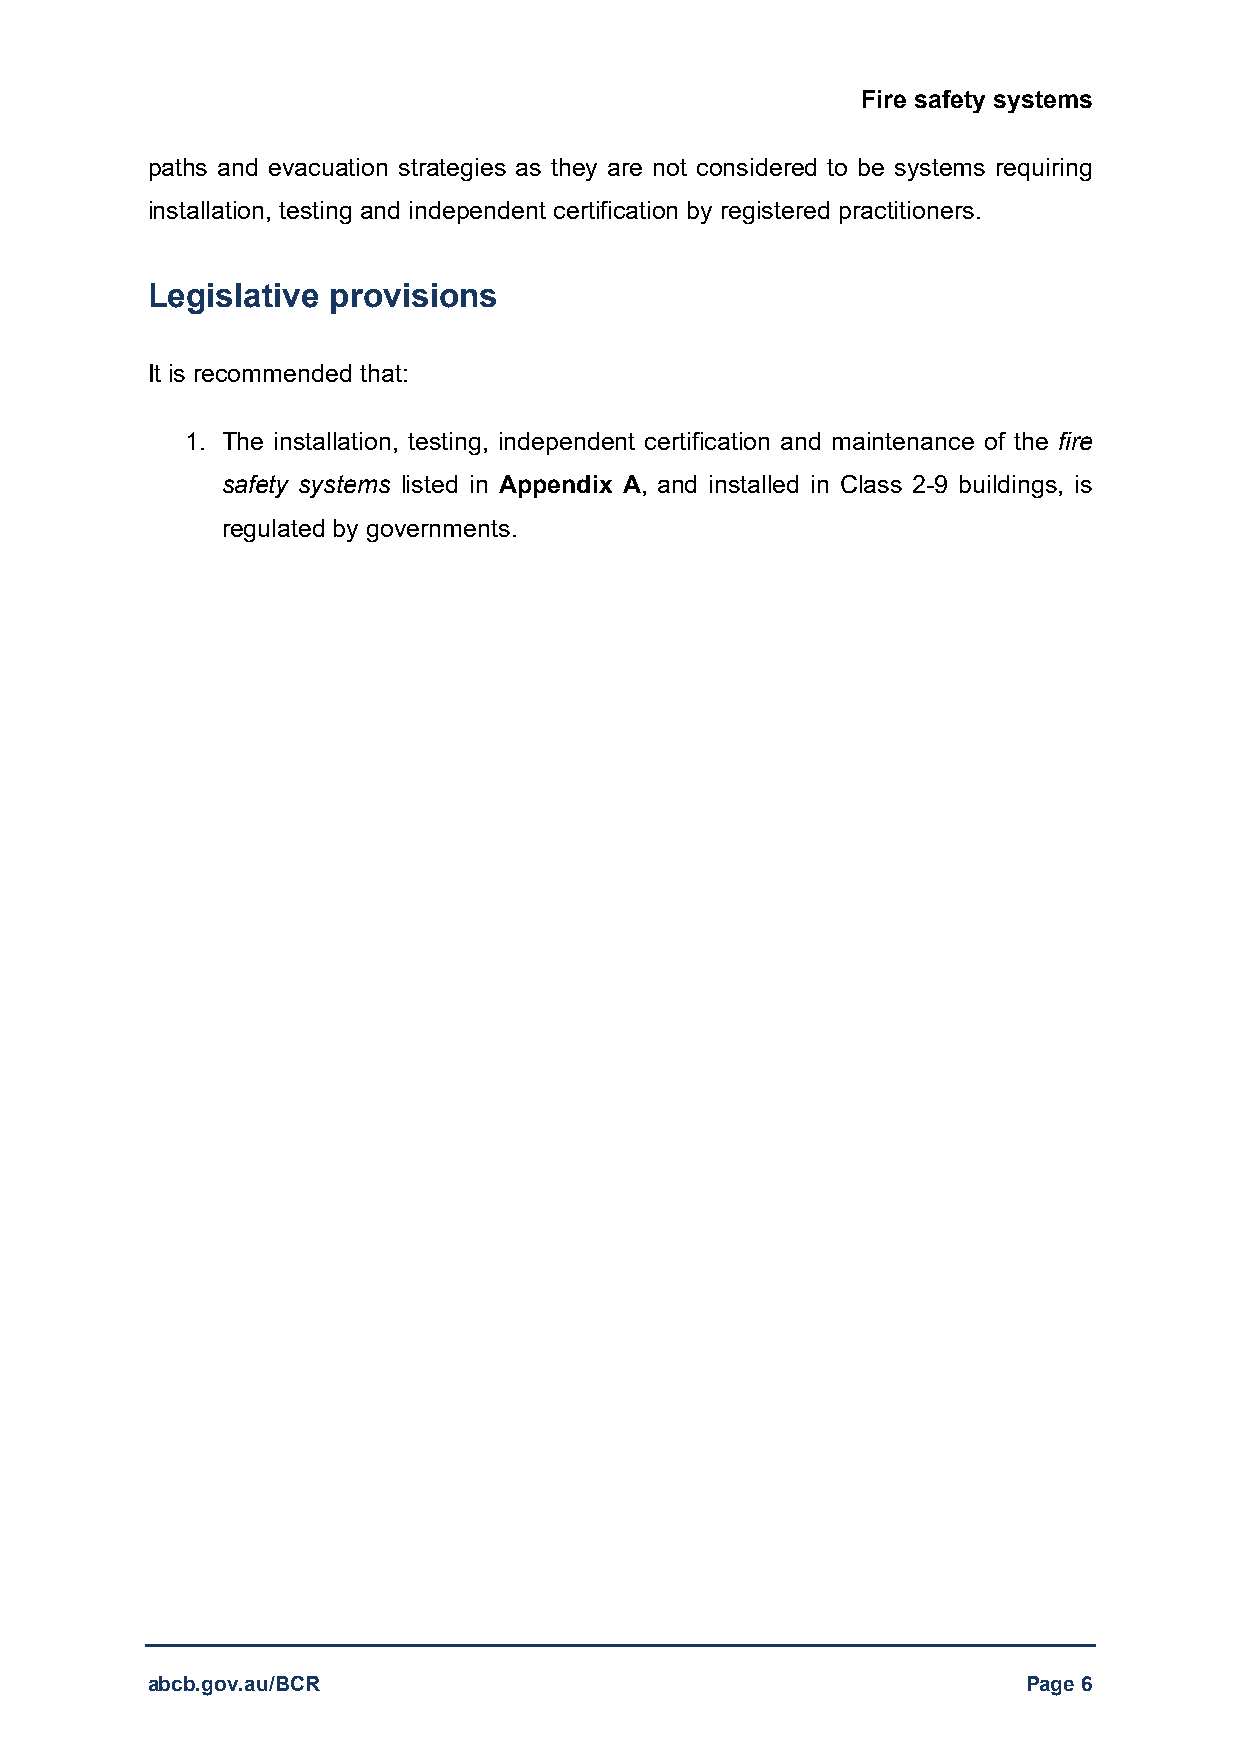
Fire safety systems
 paths and evacuation strategies as they are not considered to be systems requiring
 installation, testing and independent certification by registered practitioners.
 Legislative provisions
 It is recommended that:
 1. The installation, testing, independent certification and maintenance of the fire
 safety systems listed in Appendix A, and installed in Class 2-9 buildings, is
 regulated by governments.
 abcb.gov.au/BCR                                           Page 6